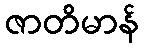
ဇာတိမာန်